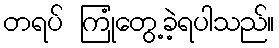
တရပ် ကြုံတွေ့ခဲ့ရပါသည်။